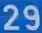
29